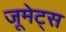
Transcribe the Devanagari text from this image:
जूमेट्स